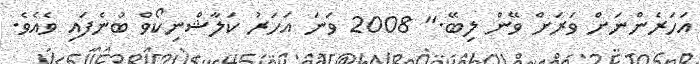
އަހަރެންނަށް ވަރަށް ވޭން ލިބޭ." 2008 ވަނަ އަހަރު ކަލާޝްނިކޯވް ބުނެފައި ވެއެވެ.